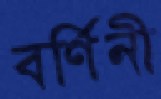
বর্ণিনী